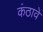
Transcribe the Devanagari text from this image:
कंठावे